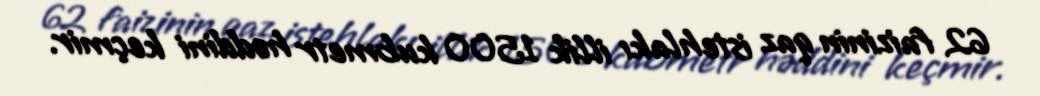
62 faizinin qaz istehlakı illik 1500 kubmetr həddini keçmir.